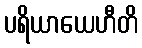
ပရိယာယေဟီတိ